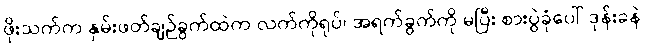
ဖိုးသက်က နှမ်းဖတ်ချဉ်ခွက်ထဲက လက်ကိုရုပ်၊ အရက်ခွက်ကို မပြီး စားပွဲခုံပေါ် ဒုန်းခနဲ